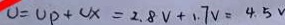
U = U p + U x = 2 . 8 V + 1 . 7 v = 4 . 5 V